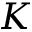
K